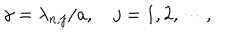
\gamma = \lambda _ { n , j } / a , \quad j = 1 , 2 , \cdots ,